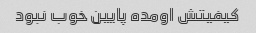
کیفیتش اومده پایین خوب نبود